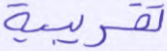
تقريبية